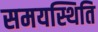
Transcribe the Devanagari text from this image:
समयस्थिति